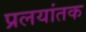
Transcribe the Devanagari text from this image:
प्रलयांतक